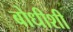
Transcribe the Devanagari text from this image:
बोधीशी